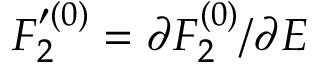
F _ { 2 } ^ { \prime ( 0 ) } = \partial F _ { 2 } ^ { ( 0 ) } / \partial E